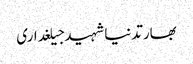
بھارتدنیاشہیدجیلغداری